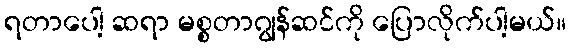
ရတာပေါ့ ဆရာ မစ္စတာဂျွန်ဆင်ကို ပြောလိုက်ပါ့မယ်။